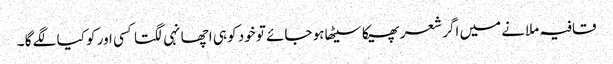
قافیہ ملانے میں اگر شعر پھیکا سیٹھا ہو جائے تو خود کو ہی اچھا نہی لگتا کسی اور کو کیا لگے گا ۔